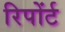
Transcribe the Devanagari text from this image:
रिपोंर्ट